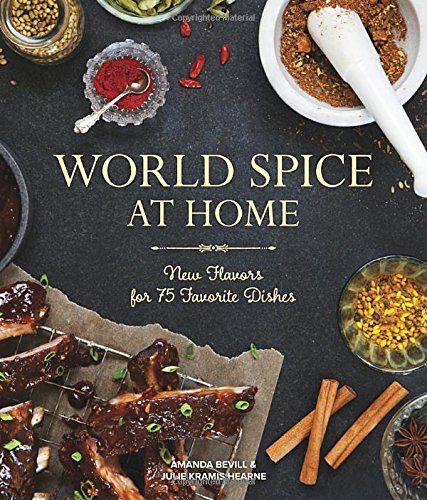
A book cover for World Spice at Home: New Flavors for 75 Favorite Dishes; Amanda Bevill; Cookbooks, Food & Wine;